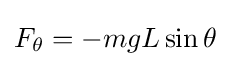
F_{\theta }=-mgL\sin \theta